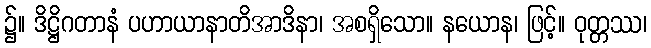
၌။ ဒိဋ္ဌိဂတာနံ ပဟာယာနာတိအာဒိနာ၊ အစရှိသော။ နယောန၊ ဖြင့်။ ဝုတ္တဿ၊